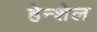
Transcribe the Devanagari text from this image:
हेन्शेल